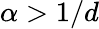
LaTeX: \alpha>1/d